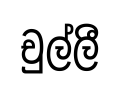
චුල්ලී